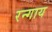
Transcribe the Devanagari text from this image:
रन्गाय